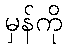
မှန်ကို